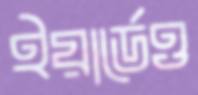
ইয়ার্ডেও